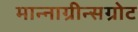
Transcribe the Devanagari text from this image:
मान्नाग्रीन्सग्रोट